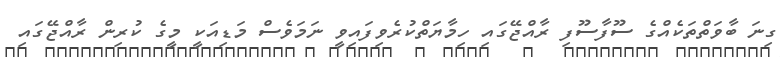
ގިނަ ބާވަތްތަކެއްގެ ސޫފާސޫފި ރާއްޖޭގައި ހިމާޔަތްކުރެވިފައިވީ ނަމަވެސް މަޑިއަކީ މީގެ ކުރިން ރާއްޖޭގައި